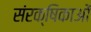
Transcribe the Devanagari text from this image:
संरक्षिकाओं